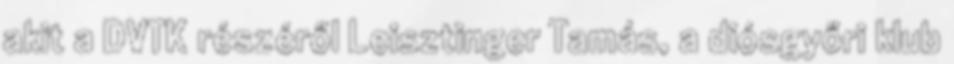
akit a DVTK részéről Leisztinger Tamás, a diósgyőri klub